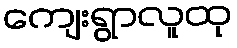
ကျေးရွာလူထု